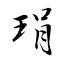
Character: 琄